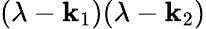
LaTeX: (\lambda-\mathbf{k}_{1})(\lambda-\mathbf{k}_{2})